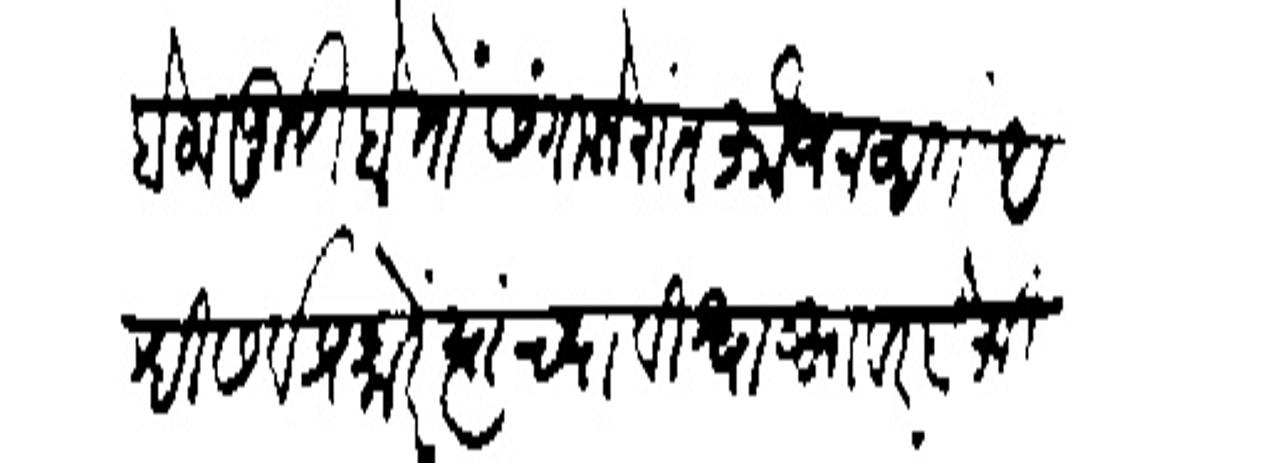
Transliteration (Devanagari): बेलापुरी होतों संगमनेरांत फौज नव्हतो आम्हीं सर्व प्रकारें त्यांच्या विश्वासावर बेफि